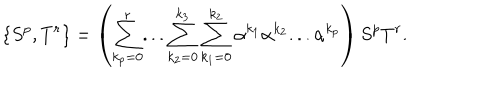
LaTeX: \{ S ^ { p } , T ^ { r } \} = \left( \sum _ { k _ { p } = 0 } ^ { r } . . . \sum _ { k _ { 2 } = 0 } ^ { k _ { 3 } } \sum _ { k _ { 1 } = 0 } ^ { k _ { 2 } } \alpha ^ { k _ { 1 } } \alpha ^ { k _ { 2 } } . . . \alpha ^ { k _ { p } } \right) S ^ { p } T ^ { r } .